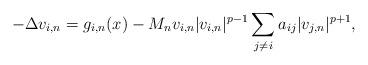
LaTeX: \begin{align*}-\Delta v_{i,n} = g_{i,n}(x) - M_n v_{i,n} |v_{i,n}|^{p-1} \sum_{j \neq i} a_{ij} |v_{j,n}|^{p+1} ,\end{align*}